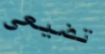
تضيعي